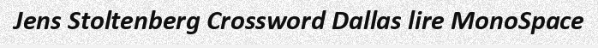
Jens Stoltenberg Crossword Dallas lire MonoSpace